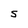
Character: S